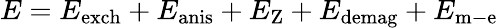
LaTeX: E=E_{\mathrm{exch}}+E_{\mathrm{anis}}+E_{\mathrm{Z}}+E_{\mathrm{demag}}+E_{\mathrm{m-e}}